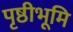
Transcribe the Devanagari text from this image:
पृष्ठीभूमि